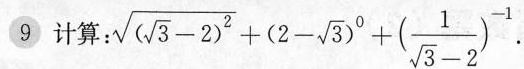
9 计算：$$\sqrt {(\sqrt {3 }-2) ^2} + (2-\sqrt {3})^0 +(1\div(\sqrt{3}-2))^(-1).$$